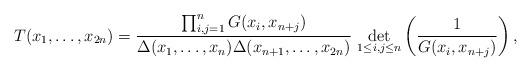
LaTeX: \begin{align*} T(x_1,\dots,x_{2n})=\frac{\prod_{i,j=1}^nG(x_i,x_{n+j})}{\Delta(x_1,\dots,x_n)\Delta(x_{n+1},\dots,x_{2n})}\,\det_{1\leq i,j\leq n}\left(\frac{1}{G(x_i,x_{n+j})}\right), \end{align*}